Leaving Certificate Examination, 1907
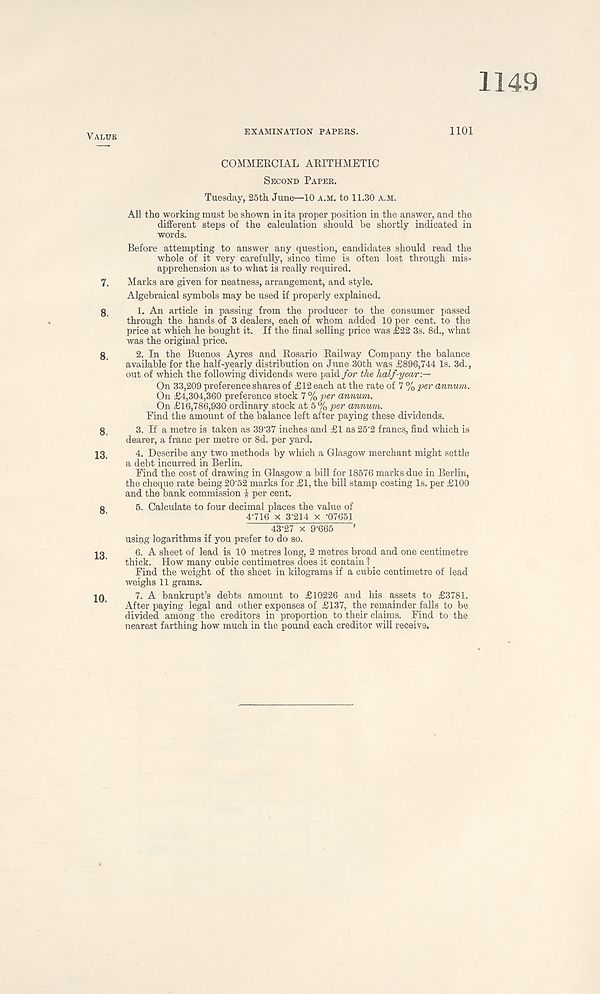
1149
EXAMINATION PAPERS.
1101
COMMERCIAL ARITHMETIC
Second Paper.
Tuesday, 25th June—10 a.m. to 11.30 a.m.
All the working must be shown in its proper position in the answer, and the
different steps of the calculation should be shortly indicated in
words.
Before attempting to answer any question, candidates should read the
whole of it very carefully, since time is often lost through mis-
apprehension as to what is really required.
7. Marks are given for neatness, arrangement, and style.
Algebraical symbols may be used if properly explained.
8. 1. An article in passing from the producer to the consumer passed
through the hands of 3 dealers, each of whom added 10 per cent, to the
price at which he bought it. If the final selling price was £22 3s. 8d., what
was the original price.
8. 2. In the Buenos Ayres and Rosario Railway Company the balance
available for the half-yearly distribution on June 30th was £896,744 Is. 3d.,
out of which the following dividends were paid for the half-year-.-*
On 33,209 preference shares of £12 each at the rate of 7 % per annum.
On £4,304,360 preference stock 7 % per annum.
On £16,786,930 ordinary stock at 5 % per annum.
Find the amount of the balance left after paying these dividends.
8, 3. If a metre is taken as 39' 37 inches and £1 as 25' 2 francs, find which is
dearer, a franc per metre or 8d. per yard.
13. 4. Describe any two methods by which a Glasgow merchant might settle
a debt incurred in Berlin.
Find the cost of drawing in Glasgow a bill for 18576 marks due in Berlin,
the cheque rate being 20' 52 marks for £1, the bill stamp costing Is. per £100
and the bank commission J per cent.
8
5. Calculate to four decimal places the value of
4-716 x 3-214 x -07651
43-27 x 9' 665 ’
using logarithms if you prefer to do so.
13
6. A sheet of lead is 10 metres long, 2 metres broad and one centimetre
thick. How many cubic centimetres does it contain 1 _
Find the weight of the sheet in kilograms if a cubic centimetre of lead
weighs 11 grams.
10, 7. A bankrupt’s debts amount to £10226 and his assets to £3781.
After paying legal and other expenses of £137, the remainder falls to be
divided among the creditors in proportion to their claims. Find to the
nearest farthing how much in the pound each creditor will receive.